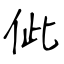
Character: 佌